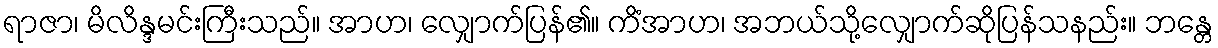
ရာဇာ၊ မိလိန္ဒမင်းကြီးသည်။ အာဟ၊ လျှောက်ပြန်၏။ ကိံအာဟ၊ အဘယ်သို့လျှောက်ဆိုပြန်သနည်း။ ဘန္တေ